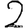
Digit: 2